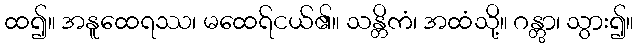
ထ၍။ အနူထေရဿ၊ မထေရ်ငယ်၏။ သန္တိကံ၊ အထံသို့။ ဂန္တွာ၊ သွား၍။